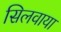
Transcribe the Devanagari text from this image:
सिलवाया